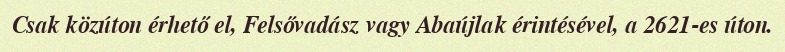
Csak közúton érhető el, Felsővadász vagy Abaújlak érintésével, a 2621-es úton.